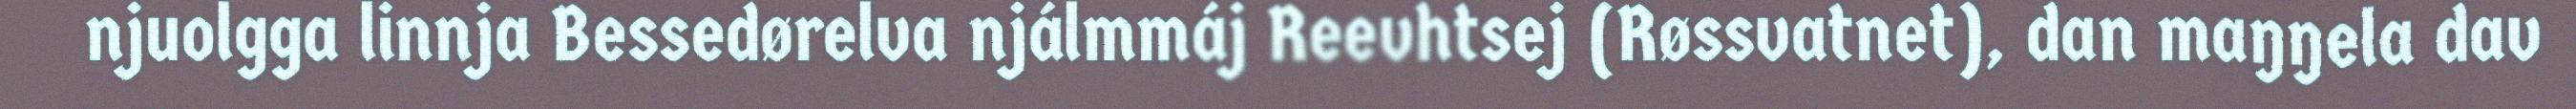
njuolgga linnja Bessedørelva njálmmáj Reevhtsej (Røssvatnet), dan maŋŋela dav